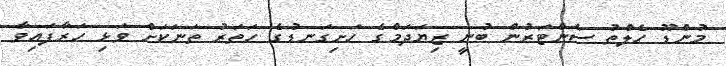
މުންޑޫ ހެލްތު ސެންޓަރުން ބުނީ ޒިޔަދަމްގެ ހަށިގަނޑުގެ ހަތަރު ތަނަކަށް ވަޅި ހަރާފައިވާ